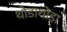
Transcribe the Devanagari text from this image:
थोडाथोडा